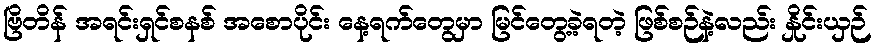
ဗြိတိန် အရင်းရှင်စနစ် အစောပိုင်း နေ့ရက်တွေမှာ မြင်တွေ့ခဲ့ရတဲ့ ဖြစ်စဉ်နဲ့လည်း နှိုင်းယှဉ်